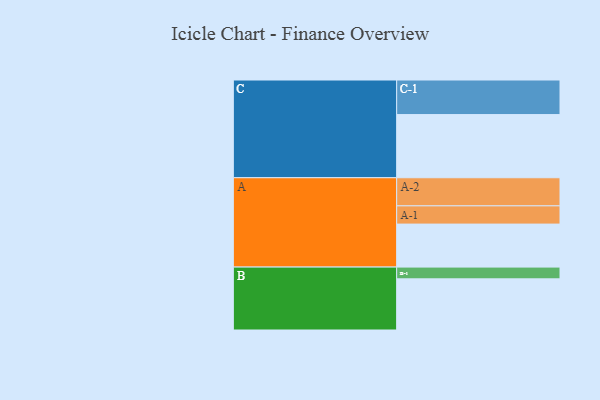
{"axis": {"x": "Segment", "y": "Value"}, "legend": ["", "A", "B", "C"], "data": [{"x": "A", "y": 358, "type": ""}, {"x": "B", "y": 426, "type": ""}, {"x": "C", "y": 526, "type": ""}, {"x": "A-1", "y": 152, "type": "A"}, {"x": "A-2", "y": 234, "type": "A"}, {"x": "B-1", "y": 98, "type": "B"}, {"x": "C-1", "y": 288, "type": "C"}]}